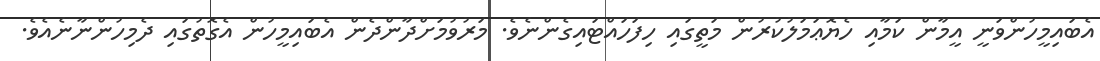
އެބައިމީހުންވަނީ އީމާން ކަމާއި ހެޔޮޢަމަލުކުރުން މަތީގައި ހިފަހައްޓައިގެންނެވެ. މަރުވުމަށްދާންދެން އެބައިމީހުން އެގޮތުގައި ދެމިހުންނާނެއެވެ.